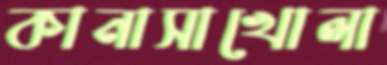
কানাসাখোলা